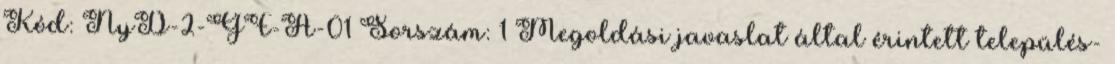
Kód: NyD-2-GF-A-01 Sorszám: 1 Megoldási javaslat által érintett település-